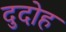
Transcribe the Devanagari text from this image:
दुदोह